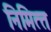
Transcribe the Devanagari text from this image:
निमित्‍त